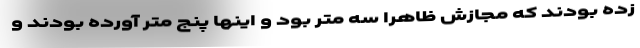
زده بودند که مجازش ظاهراً سه متر بود و اینها پنج متر آورده بودند و